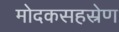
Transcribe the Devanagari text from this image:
मोदकसहस्रेण